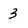
Character: 3